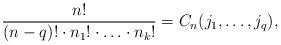
LaTeX: \begin{align*}\frac{n!}{(n-q)!\cdot n_1!\cdot\ldots\cdot n_k!}=C_{n}(j_1,\dots,j_q),\end{align*}